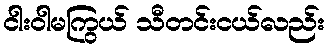
ငါးဝါမကြွယ် သီတင်းငယ်လည်း